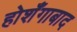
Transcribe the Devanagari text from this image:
होशँगाबाद